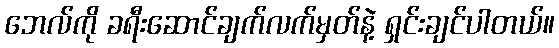
ဘေလ်ကို ခရီးဆောင်ချက်လက်မှတ်နဲ့ ရှင်းချင်ပါတယ်။